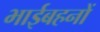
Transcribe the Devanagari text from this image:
भाईबहनों